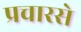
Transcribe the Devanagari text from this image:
प्रचारसे